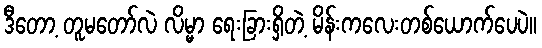
ဒီတော့ တူမတော်လဲ လိမ္မာ ရေးခြားရှိတဲ့ မိန်းကလေးတစ်ယောက်ပေပဲ။